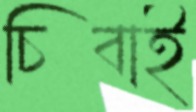
চিবাই